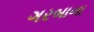
ગરબાના